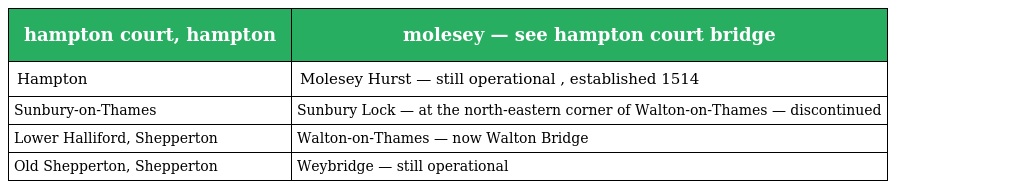
| hampton court, hampton | molesey — see hampton court bridge |
 | --- | --- |
 | Hampton | Molesey Hurst — still operational , established 1514 |
 | Sunbury-on-Thames | Sunbury Lock — at the north-eastern corner of Walton-on-Thames — discontinued |
 | Lower Halliford, Shepperton | Walton-on-Thames — now Walton Bridge |
 | Old Shepperton, Shepperton | Weybridge — still operational |